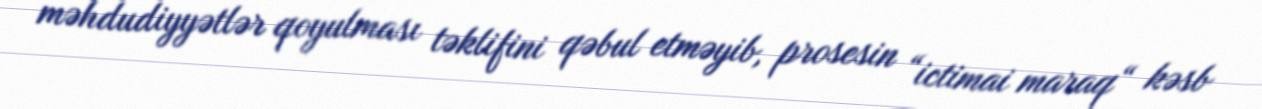
məhdudiyyətlər qoyulması təklifini qəbul etməyib, prosesin “ictimai maraq“ kəsb